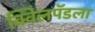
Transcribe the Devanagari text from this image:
क्विलपॅडला